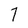
Character: 7